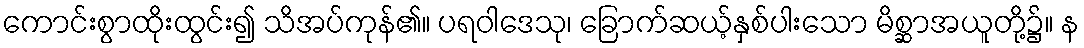
ကောင်းစွာထိုးထွင်း၍ သိအပ်ကုန်၏။ ပရဝါဒေသု၊ ခြောက်ဆယ့်နှစ်ပါးသော မိစ္ဆာအယူတို့၌။ န